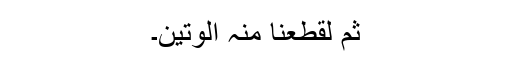
ثُمَّ لَقَطَعْنَا مِنْہُ الْوَتِیْنَ۔